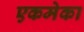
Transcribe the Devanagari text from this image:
एकमेका